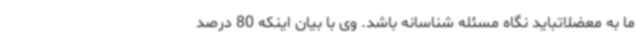
ما به معضلاتباید نگاه مسئله شناسانه باشد. وی با بیان اینکه 80 درصد